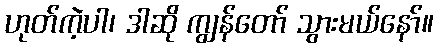
ဟုတ်ကဲ့ပါ၊ ဒါဆို ကျွန်တော် သွားမယ်နော်။